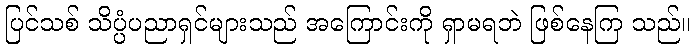
ပြင်သစ် သိပ္ပံပညာရှင်များသည် အကြောင်းကို ရှာမရဘဲ ဖြစ်နေကြ သည်။